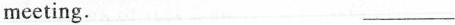
meeting. ___